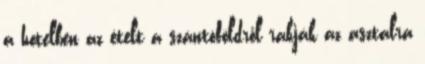
a hotelben az ételt a szántóföldről rakják az asztalra